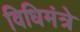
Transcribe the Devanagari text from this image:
विधिमंत्रे